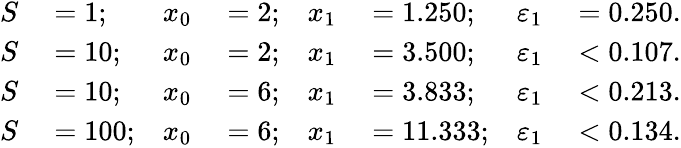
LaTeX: \begin{array}{rlrlrlrl}{S}&{{}=1;}&{x_{0}}&{{}=2;}&{x_{1}}&{{}=1.250;}&{\varepsilon_{1}}&{{}=0.250.}\\ {S}&{{}=10;}&{x_{0}}&{{}=2;}&{x_{1}}&{{}=3.500;}&{\varepsilon_{1}}&{{}<0.107.}\\ {S}&{{}=10;}&{x_{0}}&{{}=6;}&{x_{1}}&{{}=3.833;}&{\varepsilon_{1}}&{{}<0.213.}\\ {S}&{{}=100;}&{x_{0}}&{{}=6;}&{x_{1}}&{{}=11.333;}&{\varepsilon_{1}}&{{}<0.134.}\end{array}